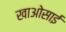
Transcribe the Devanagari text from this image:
खाओसाई